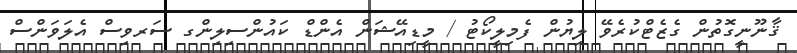
ޤާނޫނީގޮތުން ގެޒެޓްކުރެވޭ ލިޔުން ފެމިލީކޯޓު / މީޑިއޭޝަން އެންޑް ކައުންސިލިންގ ސަރވިސް އެލަވަންސް